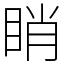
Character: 睄